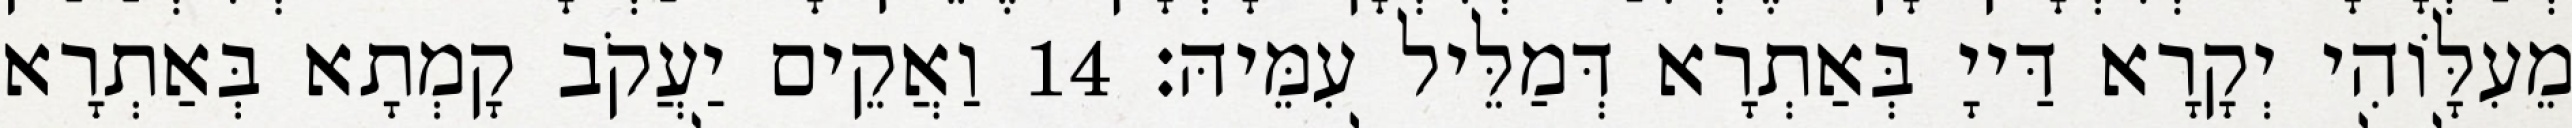
מֵעִלָּוֹהִי יְקָרָא דַּייָ בְּאַתְרָא דְּמַלֵּיל עִמֵּיהּ׃ 14 וַאֲקֵים יַעֲקֹב קָמְתָא בְּאַתְרָא